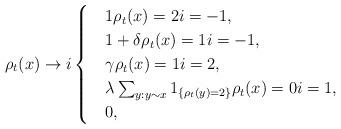
LaTeX: \begin{align*}\rho_t(x)\rightarrow i \begin{cases}&1 \rho_t(x)=2i=-1,\\&1+\delta \rho_t(x)=1i=-1,\\&\gamma \rho_t(x)=1i=2,\\&\lambda\sum_{y:y\sim x}1_{\{\rho_t(y)=2\}}\rho_t(x)=0 i=1,\\&0 ,\end{cases}\end{align*}